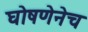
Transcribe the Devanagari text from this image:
घोषणेनेच